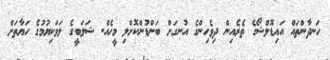
ހަނދާންތައް އައިޑޮލްޝޯގެ ތެރެއިން ދިވެހިންގެ އުނގަށް ބަންޑުންކޮށްލި މީހެއް. ޝަލަބީގެ ލަވަކިޔުމުގެ ހަޔާތަށް